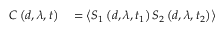
\begin{array} { r l } { C \left( d , \lambda , t \right) } & { { } = \left\langle S _ { 1 } \left( d , \lambda , t _ { 1 } \right) S _ { 2 } \left( d , \lambda , t _ { 2 } \right) \right\rangle } \end{array}